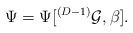
LaTeX: \begin{align*}\Psi = \Psi[^{(D-1)} {\cal G}, \beta].\end{align*}